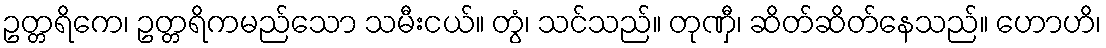
ဥတ္တရိကေ၊ ဥတ္တရိကမည်သော သမီးငယ်။ တွံ၊ သင်သည်။ တုဏှီ၊ ဆိတ်ဆိတ်နေသည်။ ဟောဟိ၊